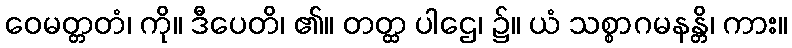
ဝေမတ္တတံ၊ ကို။ ဒီပေတိ၊ ၏။ တတ္ထ ပါဌေ၊ ၌။ ယံ သစ္စာဂမနန္တိ၊ ကား။